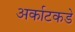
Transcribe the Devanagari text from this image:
अर्काटकडे